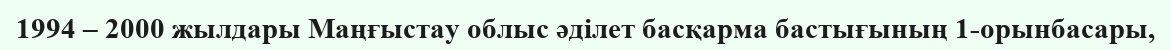
1994 – 2000 жылдары Маңғыстау облыс әділет басқарма бастығының 1-орынбасары,